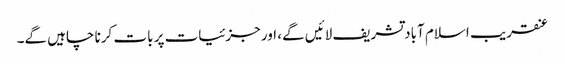
عنقریب اسلام آباد تشریف لائیں گے، اور جزئیات پر بات کرنا چاہیں گے۔